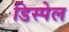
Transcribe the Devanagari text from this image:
डिस्पेल